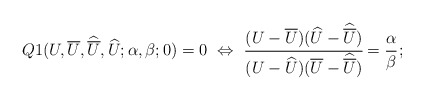
\begin{align*} Q1(U,\overline{U},\widehat{\overline{U}},\widehat{U};\alpha,\beta;0)=0 ~\Leftrightarrow~ \cfrac{(U-\overline{U})(\widehat{U}-\widehat{\overline{U}})}{(U-\widehat{U})(\overline{U}-\widehat{\overline{U}})}=\cfrac{\alpha}{\beta}\,;\end{align*}